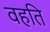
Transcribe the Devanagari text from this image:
वहति